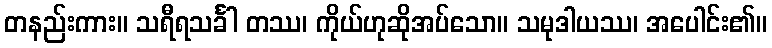
တနည်းကား။ သရီရသင်္ခါ တဿ၊ ကိုယ်ဟုဆိုအပ်သော။ သမုဒါယဿ၊ အပေါင်း၏။